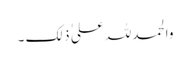
والحمد للہ علی ٰ ذلک ۔